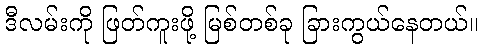
ဒီလမ်းကို ဖြတ်ကူးဖို့ မြစ်တစ်ခု ခြားကွယ်နေတယ်။